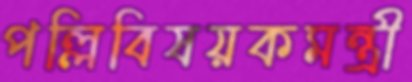
পল্লিবিষয়কমন্ত্রী